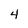
Character: 4